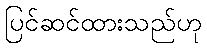
ပြင်ဆင်ထားသည်ဟု